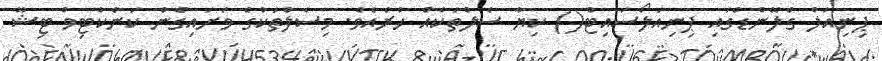
ޕިނިއަލް ގްލޭންޑްގައި ޕިނިއަލޯސައިޓް() ކިޔާ ސެލްތަކެއް ހުރެއެވެ. މިސެލްތަކުގެ ވަށައިގެން ކަނެކްޓިވް ޓިޝޫ